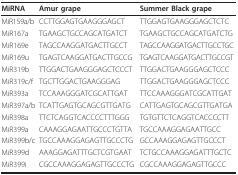
| MiRNA | Amur grape | Summer Black grape |
 | --- | --- | --- |
 | MiR159a/b | CCTTGGAGTGAAGGGAGCT | TTGGAGTGAAGGGAGCTCTC |
 | MiR167a | TGAAGCTGCCAGCATGATCT | TGAAGCTGCCAGCATGATCTG |
 | MiR169e | TAGCCAAGGATGACTTGCCT | TAGCCAAGGATGACTTGCCTGC |
 | MiR169u | TGAGTCAAGGATGACTTGCCG | TGAGTCAAGGATGACTTGCCGT |
 | MiR319b | TTGGACTGAAGGGAGCTCCCT | TTGGACTGAAGGGAGCTCCC |
 | MiR319c/f | TGCTTGGACTGAAGGGAG | TTGGACTGAAGGGAGCTCCC |
 | MiR393a | TCCAAAGGGATCGCATTGAT | TTCCAAAGGGATCGCATTGAT |
 | MiR397a/b | TCATTGAGTGCAGCGTTGATG | CATTGAGTGCAGCGTTGATGA |
 | MiR398a | TTCTCAGGTCACCCCTTTGGG | TGTGTTCTCAGGTCACCCCTT |
 | MiR399a | CAAAGGAGAATTGCCCTGTTA | TGCCAAAGGAGAATTGCC |
 | MiR399b/c | TGCCAAAGGAGAGTTGCCCTG | GCCAAAGGAGAGTTGCCCT |
 | MiR399d | AAAGGAGATTTGCTCGTGAAT | TCTGCCAAAGGAGATTTGCTC |
 | MiR399i | CGCCAAAGGAGAGTTGCCCTG | CGCCAAAGGAGAGTTGCCC |